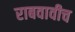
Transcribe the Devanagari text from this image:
राबवावीच